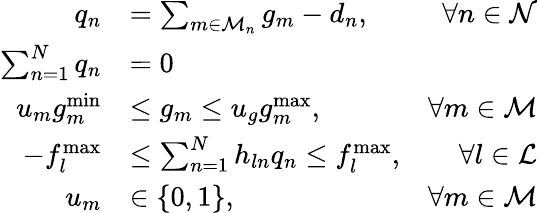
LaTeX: \begin{array}{rlr}{q_{n}}&{=\sum_{m\in\mathcal{M}_{n}}g_{m}-d_{n},}&{\forall n\in\mathcal{N}}\\ {\sum_{n=1}^{N}q_{n}}&{=0}&\\ {u_{m}g_{m}^{\operatorname*{min}}}&{\leq g_{m}\leq u_{g}g_{m}^{\operatorname*{max}},}&{\forall m\in\mathcal{M}}\\ {-f_{l}^{\operatorname*{max}}}&{\leq\sum_{n=1}^{N}h_{ln}q_{n}\leq f_{l}^{\operatorname*{max}},}&{\forall l\in\mathcal{L}}\\ {u_{m}}&{\in\{ 0,1\} ,}&{\forall m\in\mathcal{M}}\end{array}